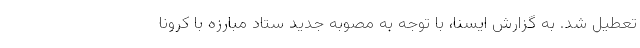
تعطیل شد. به گزارش ایسنا، با توجه به مصوبه جدید ستاد مبارزه با کرونا